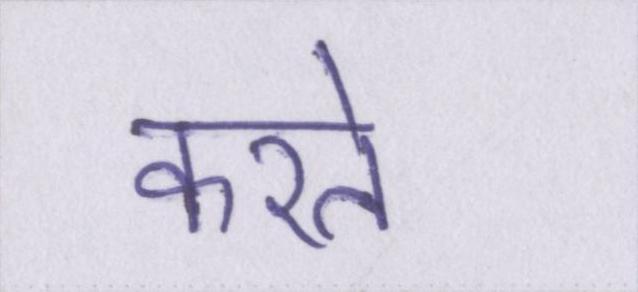
करते